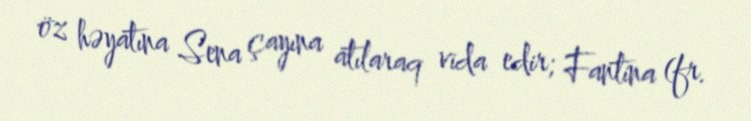
öz həyatına Sena çayına atılaraq vida edir; Fantina (fr.